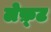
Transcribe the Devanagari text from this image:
लेफ़्ट